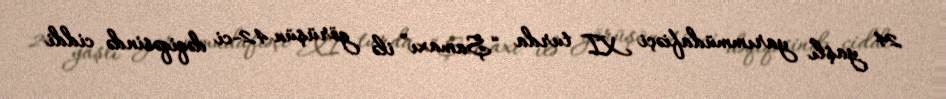
24 yaşlı yarımmüdafiəçi XI turda “Şamaxı” ilə görüşün 42-ci dəqiqəsində ciddi